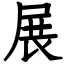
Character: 展